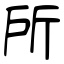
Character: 所